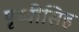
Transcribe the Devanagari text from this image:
पृथ्वीसिह